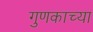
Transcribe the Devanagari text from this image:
गुणकाच्या